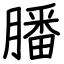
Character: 膰